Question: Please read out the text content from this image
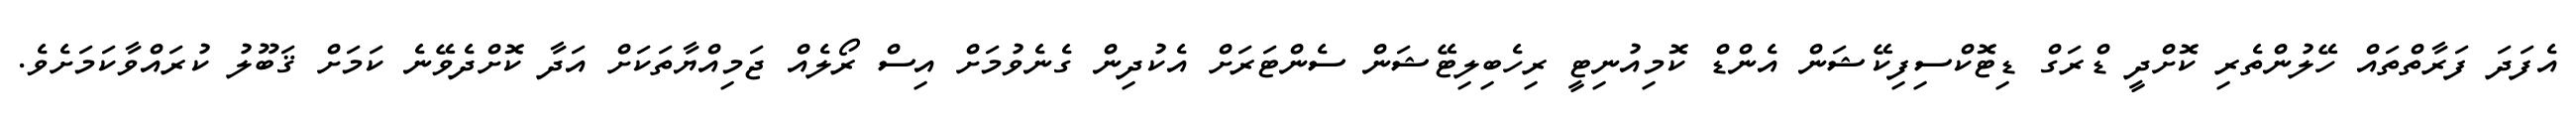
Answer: އެފަދަ ފަރާތްތައް ހޭލުންތެރި ކޮށްދީ ޑްރަގް ޑިޓޮކްސިފިކޭޝަން އެންޑް ކޮމިއުނިޓީ ރިހެބިލިޓޭޝަން ސެންޓަރަށް އެކުދިން ގެނެވުމަށް އިސް ރޯލެއް ޖަމިއްޔާތަކަށް އަދާ ކޮށްދެވޭނެ ކަމަށް ޤަބޫލު ކުރައްވާކަމަށެވެ.